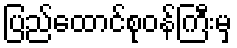
ပြည်ထောင်စုဝန်ကြီးမှ